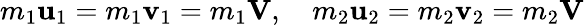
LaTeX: m_{1}\mathbf{u}_{1}=m_{1}\mathbf{v}_{1}=m_{1}\mathbf{V},\quad m_{2}\mathbf{u}_{2}=m_{2}\mathbf{v}_{2}=m_{2}\mathbf{V}